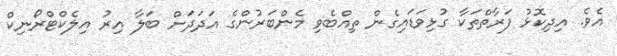
އެވެ. އިދިކޮޅު ފަރާތްތަކާ ގުޅިވަޑައިގެން ތިއްބެވި މެންބަރުންގެ އަދަދަށް ބަލާ އިރު އިލެކްޓްރޯނިކް